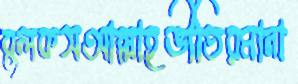
বুলকসআল্লাহভীতিরমানা